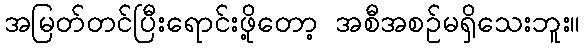
အမြတ်တင်ပြီးရောင်းဖို့တော့ အစီအစဉ်မရှိသေးဘူး။